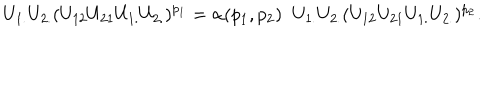
LaTeX: U _ { 1 . } U _ { 2 . } ( U _ { 1 2 } U _ { 2 1 } U _ { 1 . } U _ { 2 . } ) ^ { p _ { 1 } } = \alpha ( p _ { 1 } , p _ { 2 } ) \; \; U _ { 1 . } U _ { 2 . } ( U _ { 1 2 } U _ { 2 1 } U _ { 1 . } U _ { 2 . } ) ^ { p _ { 2 } } .